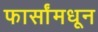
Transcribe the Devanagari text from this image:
फार्सांमधून